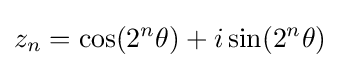
z_{n}=\cos(2^{n}\theta )+i\sin(2^{n}\theta )